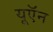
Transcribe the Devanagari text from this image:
यूऍन